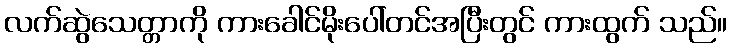
လက်ဆွဲသေတ္တာကို ကားခေါင်မိုးပေါ်တင်အပြီးတွင် ကားထွက် သည်။